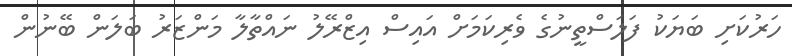
ހަރުކަށި ބަޔަކު ފަލަސްތީނުގެ ވެރިކަމަށް އައިސް އިޒްރޭލު ނައްތާލާ މަންޒަރު ބަލަން ބޭނުން